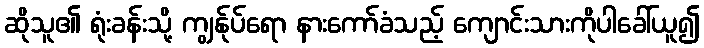
ဆိုသူ၏ ရုံးခန်းသို့ ကျွန်ုပ်ရော နားကော်ခံသည့် ကျောင်းသားကိုပါခေါ်ယူ၍